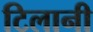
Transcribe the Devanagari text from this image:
टिलानी